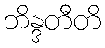
ဘိန္ဒတီတိ